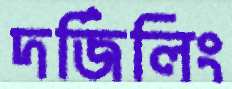
দর্জিলিং